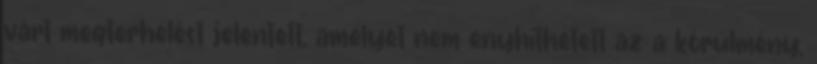
várt megterhelést jelentett, amelyet nem enyhíthetett az a körülmény,